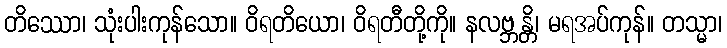
တိဿော၊ သုံးပါးကုန်သော။ ဝိရတိယော၊ ဝိရတီတို့ကို။ နလဗ္ဘန္တိ၊ မရအပ်ကုန်။ တသ္မာ၊